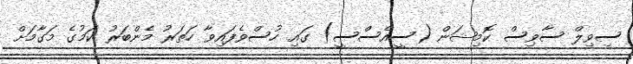
ސިވިލް ސާވިސް ކޮމިޝަން (ސީއެސްސީ) ގައި ހުސްވެފައިވާ ހަތަރު މެންބަރު ކަމުގެ މަގާމަށް